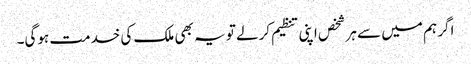
اگر ہم میں سے ہر شخص اپنی تنظیم کرلے تو یہ بھی ملک کی خدمت ہوگی۔